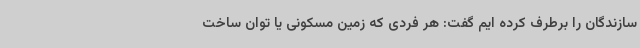
سازندگان را برطرف کرده ایم گفت: هر فردی که زمین مسکونی یا توان ساخت